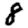
Digit: 8